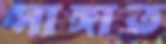
সাঙ্গাত